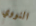
النووي